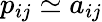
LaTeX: p_{ij}\simeq a_{ij}